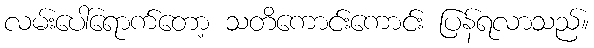
လမ်းပေါ်ရောက်တော့ သတိကောင်းကောင်း ပြန်ရလာသည်။